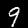
Digit: 9